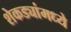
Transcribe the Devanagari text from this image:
शेकड्यांमध्ये